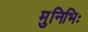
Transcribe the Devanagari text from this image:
मुनिभिः